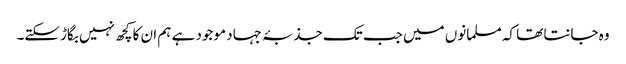
وہ جانتا تھا کہ مسلمانوں میں جب تک جذبۂ جہاد موجود ہے ہم ان کا کچھ نہیں بگاڑسکتے۔